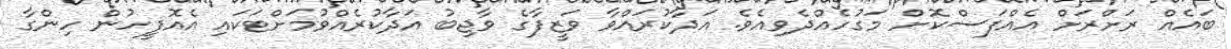
ބައެއް ރަށްރަށް އެއްފަސްކޮށް މަގުހެއްދެވިއެވެ. އަދާކުރައްވާ ވަޒީފާގެ ވާޖިބު އަދާކުރެއްވުމަށްޓަކައި އެއޮފީހުން ހިންގާ